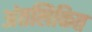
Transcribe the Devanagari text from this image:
अंतलिकित